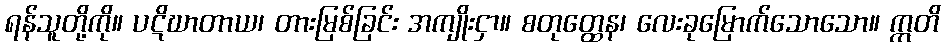
ရန်သူတို့ကို။ ပဋိဃာတာယ၊ တားမြစ်ခြင်း အကျိုးငှာ။ စတုတ္ထေန၊ လေးခုမြောက်သောသော။ ဣတိ